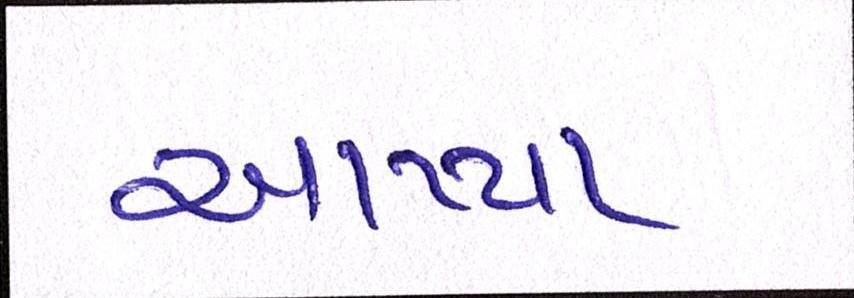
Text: આપ્યા